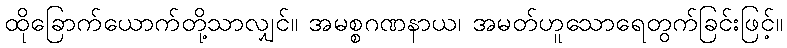
ထိုခြောက်ယောက်တို့သာလျှင်။ အမစ္စဂဏနာယ၊ အမတ်ဟူသောရေတွက်ခြင်းဖြင့်။